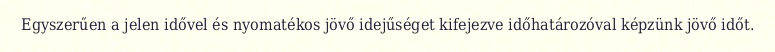
Egyszerűen a jelen idővel és nyomatékos jövő idejűséget kifejezve időhatározóval képzünk jövő időt.